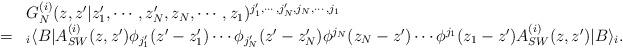
LaTeX: \begin{align*}\begin{array}{cl}&G^{(i)}_N (z, z'| z'_1 , \cdots , z'_N , z_N , \cdots , z_1 )^{j'_1 , \cdots , j'_N , j_N , \cdots , j_1} \\ =&{}_{i}\langle B|A^{(i)}_{SW} (z, z')\phi_{j'_1} (z'-z'_1 )\cdots \phi_{j'_N} (z'-z'_N )\phi^{j_N} (z_N -z') \cdots \phi^{j_1} (z_1 -z') A^{(i)}_{SW} (z, z')|B\rangle_i . \end{array}\end{align*}